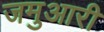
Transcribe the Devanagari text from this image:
जमुआरी